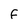
Character: f